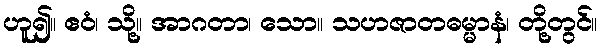
ဟူ၍။ ဧဝံ၊ သို့။ အာဂတာ၊ သော။ သဟဇာတဓမ္မာနံ၊ တို့တွင်။